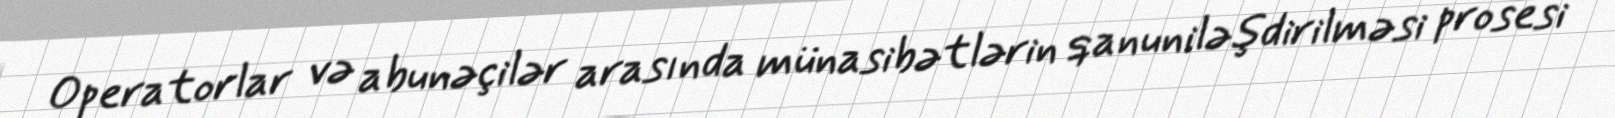
Operatorlar və abunəçilər arasında münasibətlərin qanuniləşdirilməsi prosesi